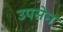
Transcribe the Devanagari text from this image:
उपसेन